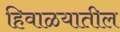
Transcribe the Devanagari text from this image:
हिवाळयातील